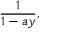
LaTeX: { \frac { 1 } { 1 - a y } } ,